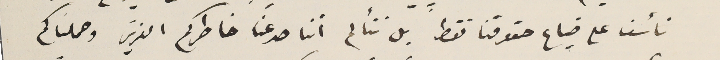
نأسف على ضياع حقوقنا فقط بل نتألم اننا صرعنا خاطركم العزيز وحملناكم